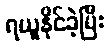
ရယူနိုင်ခဲ့ပြီး